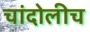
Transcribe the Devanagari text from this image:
चांदोलीच